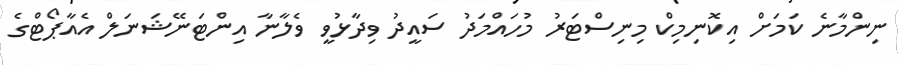
ނިންމާނެ ކަމަށް އިކޮނިމިކް މިނިސްޓަރު މުހައްމަދު ސައީދު ވިދާޅުވީ ވެލާނާ އިންޓަނޭޝަނަލް އެއާޕޯޓްގެ